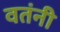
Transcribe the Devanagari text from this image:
वतंनी